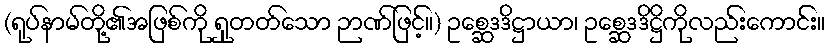
(ရုပ်နာမ်တို့၏အဖြစ်ကို ရှုတတ်သော ဉာဏ်ဖြင့်။) ဥစ္ဆေဒဒိဋ္ဌာယာ၊ ဥစ္ဆေဒဒိဋ္ဌိကိုလည်းကောင်း။